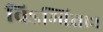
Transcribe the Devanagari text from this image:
विऽम्बिताः।